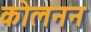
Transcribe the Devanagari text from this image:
कोलनन